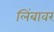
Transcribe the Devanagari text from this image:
लिंबावर